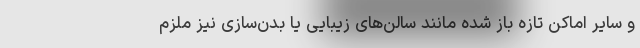
و سایر اماکن تازه باز شده مانند سالن‌های زیبایی یا بدن‌سازی نیز ملزم